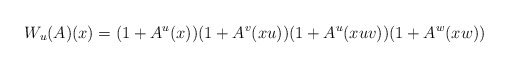
\begin{align*}W_u(A)(x)=(1+A^u(x))(1+A^v(xu))(1+A^u(xuv))(1+A^w(xw))\end{align*}